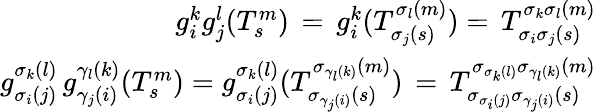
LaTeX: \begin{array}{r}{g_{i}^{k}g_{j}^{l}(T_{s}^{m})\, =\, g_{i}^{k}(T_{\sigma_{j}(s)}^{\sigma_{l}(m)})=\, T_{\sigma_{i}\sigma_{j}(s)}^{\sigma_{k}\sigma_{l}(m)}}\\ {g_{\sigma_{i}(j)}^{\sigma_{k}(l)}\, g_{\gamma_{j}(i)}^{\gamma_{l}(k)}(T_{s}^{m})=g_{\sigma_{i}(j)}^{\sigma_{k}(l)}(T_{\sigma_{\gamma_{j}(i)}(s)}^{\sigma_{\gamma_{l}(k)}(m)})\, =\, T_{\sigma_{\sigma_{i}(j)}\sigma_{\gamma_{j}(i)}(s)}^{\sigma_{\sigma_{k}(l)}\sigma_{\gamma_{l}(k)}(m)}}\end{array}